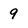
Character: 9